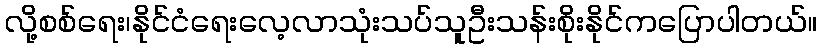
လို့စစ်ရေး၊နိုင်ငံရေးလေ့လာသုံးသပ်သူဦးသန်းစိုးနိုင်ကပြောပါတယ်။